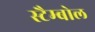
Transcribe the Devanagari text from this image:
स्टैम्बोल